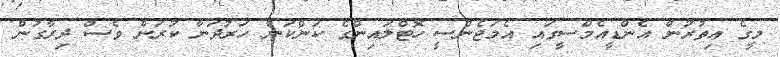
މީގެ އިތުރުން އެންޑީއެމްސީގައި އެމަޖެންސީ ހޮޓްލައިންގެ ކަންކަން ހަރުދަނާ ކުރަން ވެސް ދިރާގުން